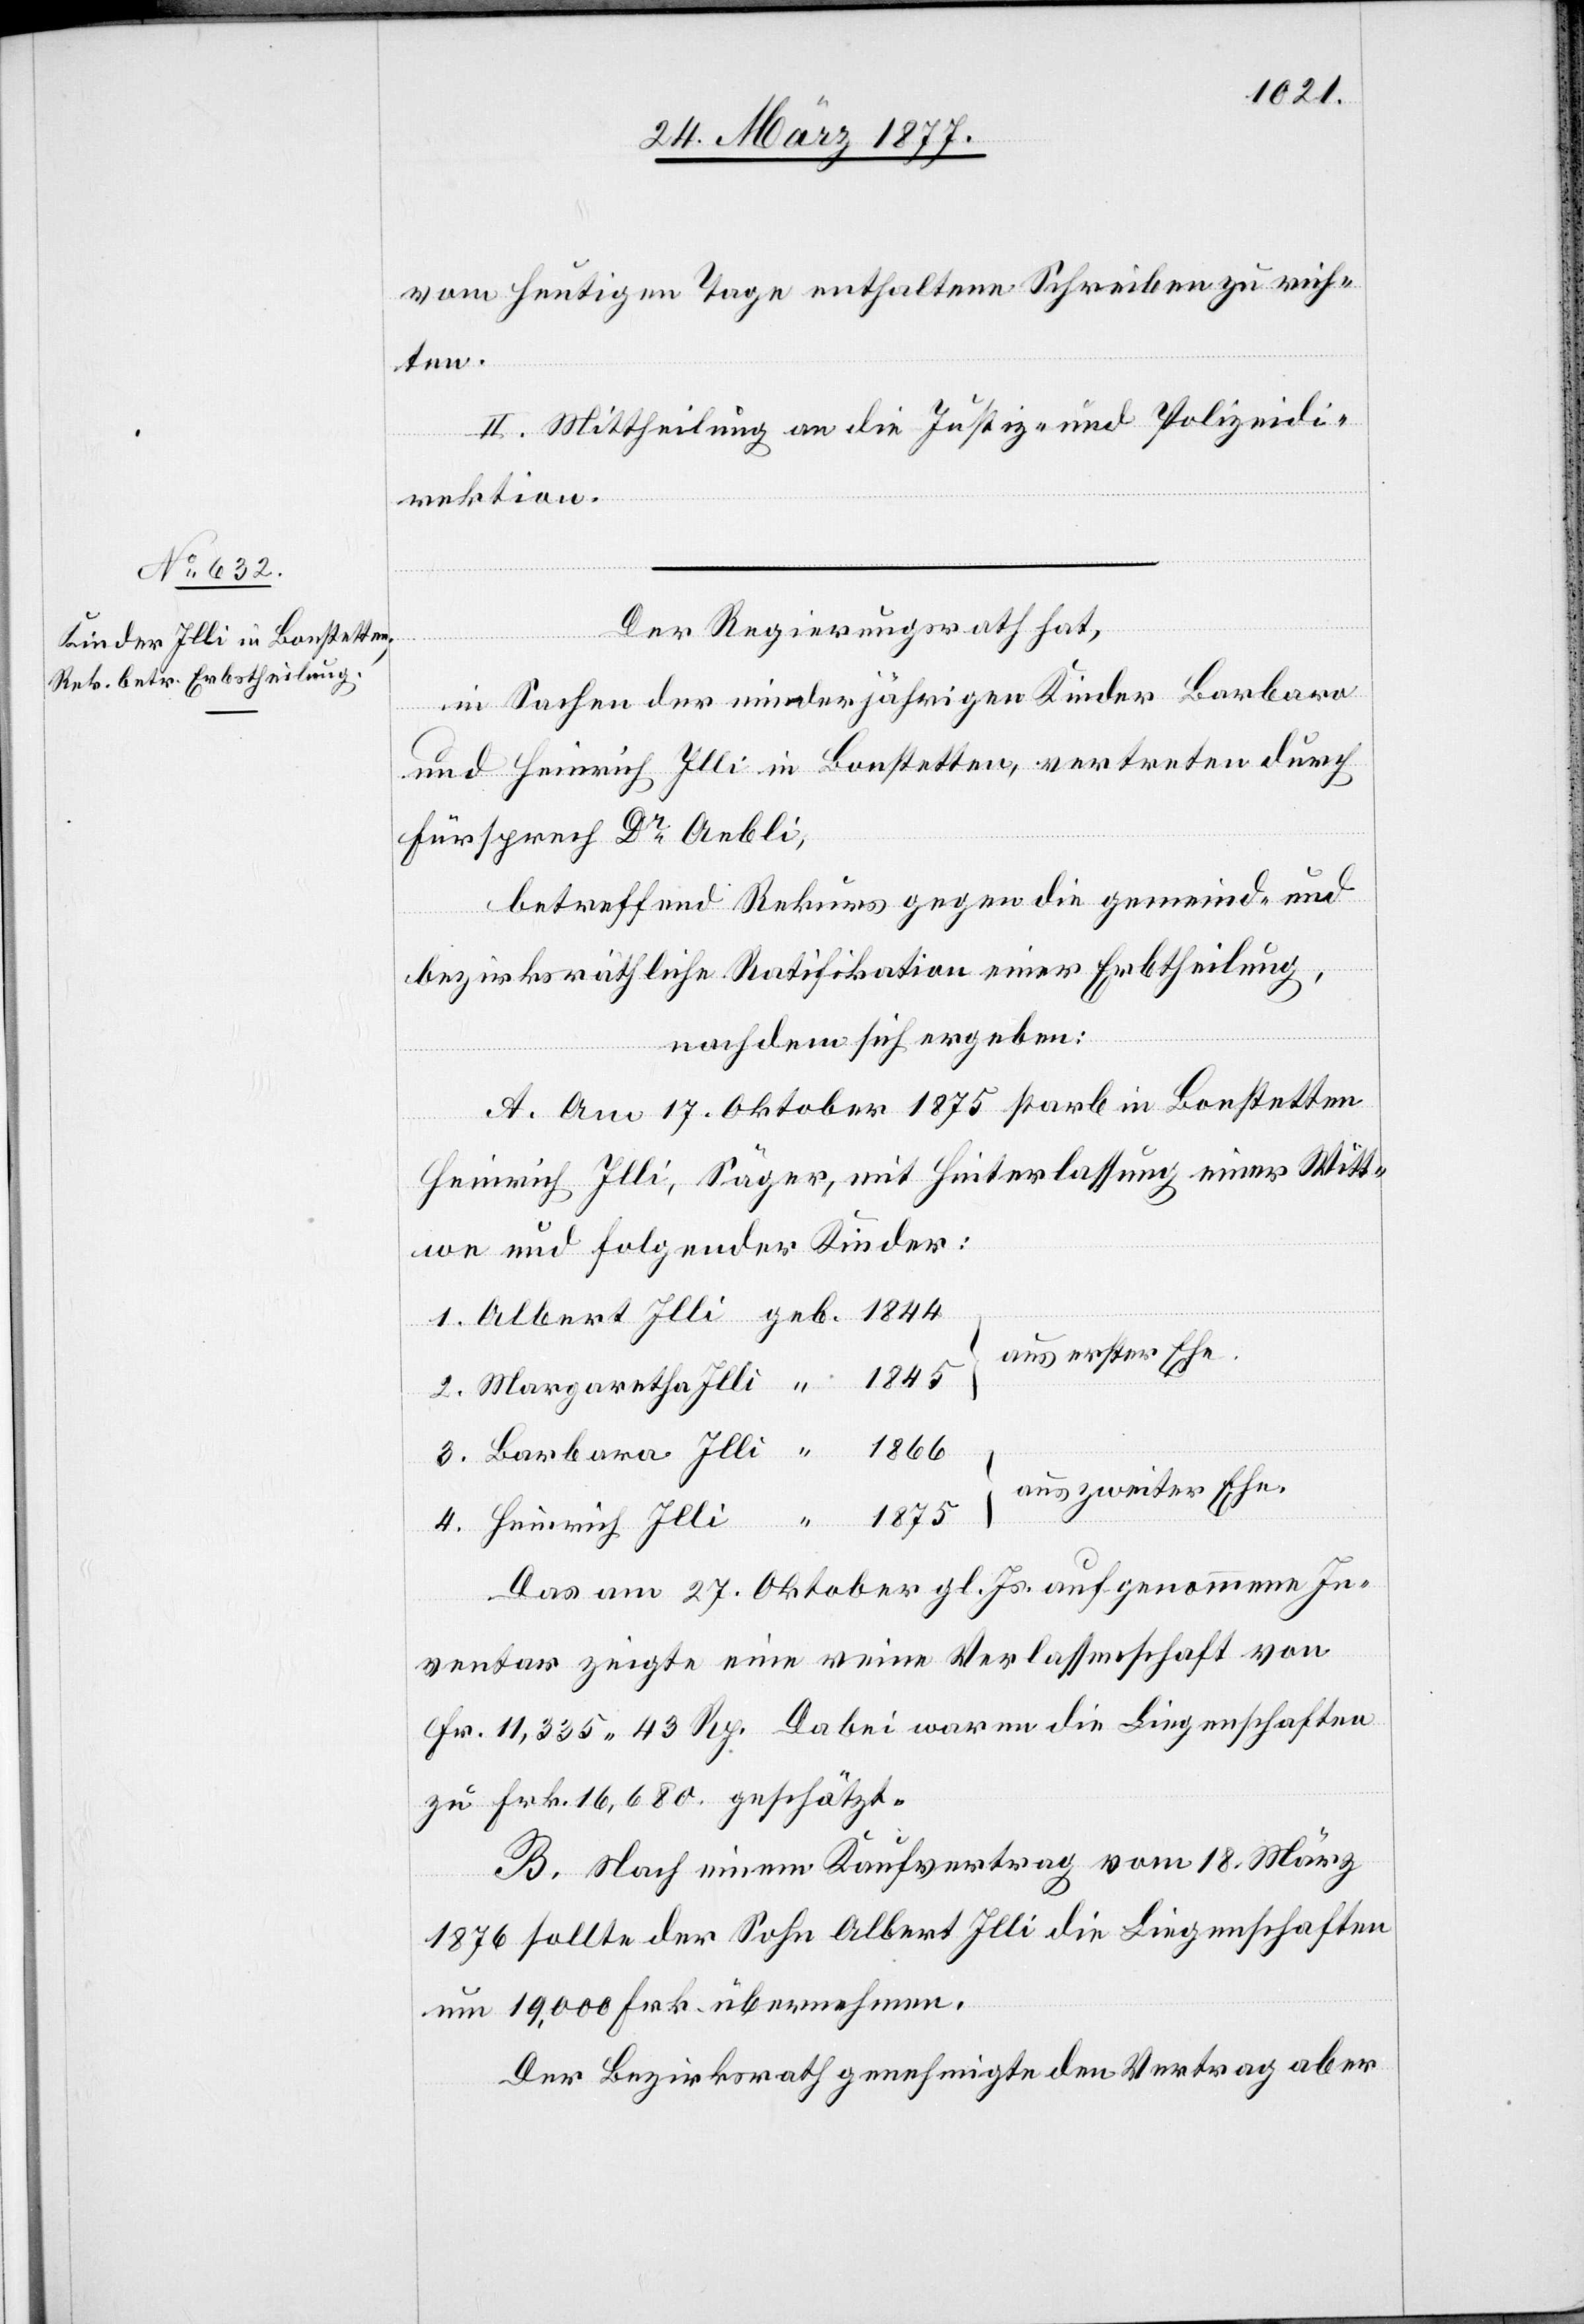
vom heutigen Tage enthaltene Schreiben zu rich¬
ten.
II. Mittheilung an die Justiz- und Polizeidi¬
rektion.
Der Regierungsrath hat,
in Sachen der minderjährigen Kinder Barbara
und Heinrich Illi in Bonstetten, vertreten durch
Fürsprech Dr Aebli,
betreffend Rekurs gegen die gemeind- und
bezirksräthliche Ratifikation einer Erbtheilung,
nachdem sich ergeben:
A. Am 17. Oktober 1875 starb in Bonstetten
Heinrich Illi, Säger, mit Hinterlassung einer Witt¬
we und folgender Kinder:
aus erster Ehe.
aus zweiter Ehe.
4.
Das am 27. Oktober gl. Js. aufgenommene In¬
ventar zeigte eine reine Verlassenschaft von
Fr. 11,335 43 Rp. Dabei waren die Liegenschaften
zu Frk. 16,680 geschätzt.
B. Nach einem Kaufvertrag vom 18. März
“
1876 sollte der Sohn Albert Illi die Liegenschaften
um 19,000 Frk. übernehmen.
Der Bezirksrath genehmigte den Vertrag aber